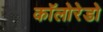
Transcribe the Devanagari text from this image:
कॉलोरेडो